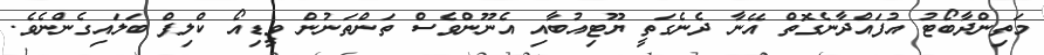
މަތިންދާބޯޓު އުފައްދާނެގޮތް އޭނާ ދެނެގަތީ ޔޫޓިއުބާއި އެނޫންވެސް ތަންތަނުން ވީޑިއޯ ކްލިޕް ބަލައިގެންނެވެ.